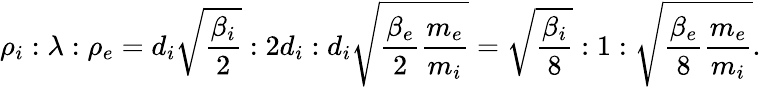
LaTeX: \rho_{i}:\lambda:\rho_{e}=d_{i}\sqrt{\frac{\beta_{i}}{2}}:2d_{i}:d_{i}\sqrt{\frac{\beta_{e}}{2}\frac{m_{e}}{m_{i}}}=\sqrt{\frac{\beta_{i}}{8}}:1:\sqrt{\frac{\beta_{e}}{8}\frac{m_{e}}{m_{i}}}.